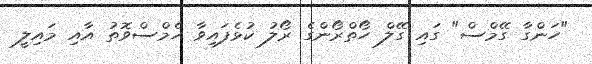
"ހަންގާ ގޭމްސް" ގައި ގޭލް ހޯތްރޯންގެ ރޯލު ކުޅެފައިވާ ހެމްސްވޮތު އާއި މައިލީ